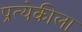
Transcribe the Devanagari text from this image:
प्रत्येकीला